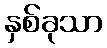
နှစ်ခုသာ